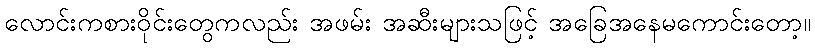
လောင်းကစားဝိုင်းတွေကလည်း အဖမ်း အဆီးများသဖြင့် အခြေအနေမကောင်းတော့။